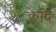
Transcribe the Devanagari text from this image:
क्लॉद